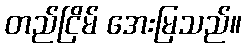
တည်ငြိမ် အေးမြသည်။